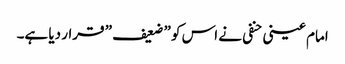
امام عینی حنفی نے اس کو ” ضعیف ” قرار دیا ہے۔